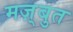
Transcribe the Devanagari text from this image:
मज़्बुत